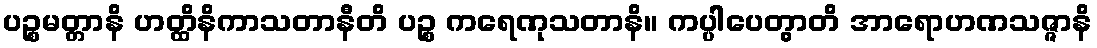
ပဉ္စမတ္တာနိ ဟတ္ထိနိကာသတာနီတိ ပဉ္စ ကရေဏုသတာနိ။ ကပ္ပါပေတွာတိ အာရောဟဏသဇ္ဇာနိ